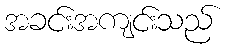
အခင်းအကျင်းသည်